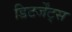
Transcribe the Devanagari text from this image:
डिटर्जेंट्स